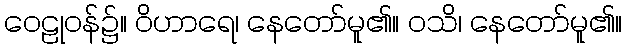
ဝေဠုဝန်၌။ ဝိဟာရေ၊ နေတော်မူ၏။ ဝသိ၊ နေတော်မူ၏။